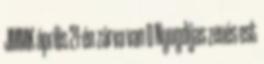
JMMK április 21-én zárva van 0 Nyugdíjas zenés est